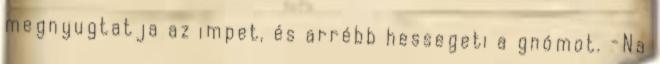
megnyugtatja az impet, és arrébb hessegeti a gnómot. -Na